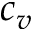
c _ { v }